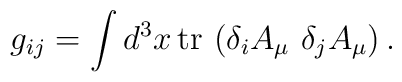
g_{ij} = \int d^3x \,{\rm tr}\,          \left(\delta_i A_\mu \,\,\delta_j A_\mu \right) .